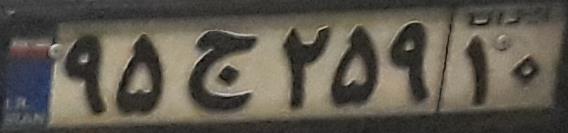
۹۵ج۲۵۹۱۰